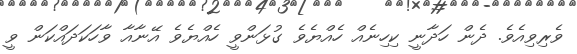
ވެރިވިއެވެ. ދެން ހަދާނީ ކިހިނެއް ހެއްޔެވެ ގުޅަންވީ ހެއްޔެވެ އޭނާއާ ވާހަކަދައްކަން ވީ